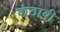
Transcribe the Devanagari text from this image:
कंठावी